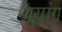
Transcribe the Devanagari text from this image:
यूयांग